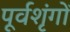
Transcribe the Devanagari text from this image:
पूर्वशृंगों